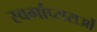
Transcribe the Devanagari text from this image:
स्वर्गाप्सराओं